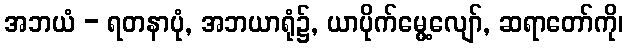
အဘယံ - ရတနာပုံ, အဘယာရုံ၌, ယာပိုက်မွေ့လျော်, ဆရာတော်ကို၊